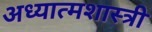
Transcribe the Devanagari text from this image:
अध्यात्मशास्त्री